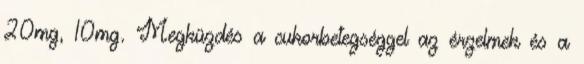
20mg, 10mg. Megküzdés a cukorbetegséggel az érzelmek és a